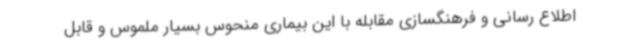
اطلاع رسانی و فرهنگسازی مقابله با این بیماری منحوس بسیار ملموس و قابل